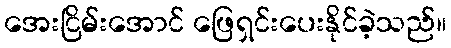
အေးငြိမ်းအောင် ဖြေရှင်းပေးနိုင်ခဲ့သည်။